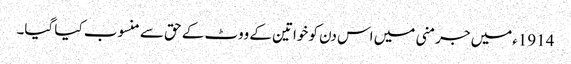
1914ءمیں جرمنی میں اس دن کو خواتین کے ووٹ کے حق سے منسوب کیا گیا۔